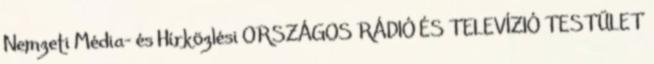
Nemzeti Média- és Hírközlési ORSZÁGOS RÁDIÓ ÉS TELEVÍZIÓ TESTÜLET